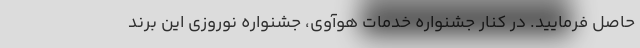
حاصل فرمایید. در کنار جشنواره خدمات هوآوی، جشنواره نوروزی این برند